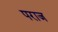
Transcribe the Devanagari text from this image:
पराज